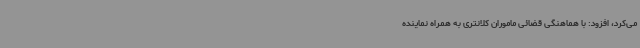
می‌کرد، افزود: با هماهنگی قضائی ماموران کلانتری به همراه نماینده